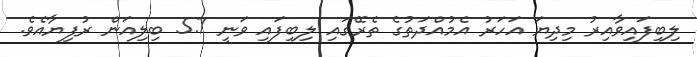
ލިބިފައިވާއިރު މިދިޔަ އަހަރު އެމުއްދަތުގެ ތެރޭގައި ލިބިފައި ވަނީ 5.7 ބިލިއަން ރުފިޔާއެވެ.